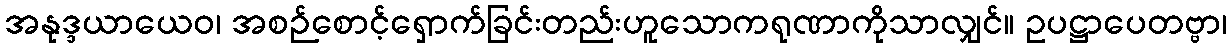
အနုဒ္ဒယာယေဝ၊ အစဉ်စောင့်ရှောက်ခြင်းတည်းဟူသောကရုဏာကိုသာလျှင်။ ဥပဋ္ဌာပေတဗ္ဗာ၊